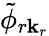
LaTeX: \tilde{\phi}_{r\mathbf k_{r}}